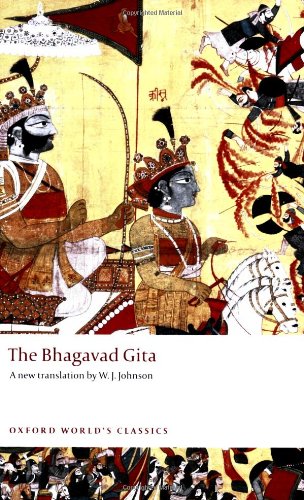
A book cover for The Bhagavad Gita (Oxford World's Classics); Religion & Spirituality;